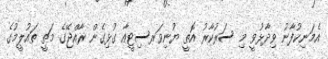
އެމަނިކުފާނު ވިދާޅުވީ މި ސަރުކާރު އޮތީ ޔުނިވަރސިޓީއާ ގުޅިގެން ރާއްޖޭގެ މަތީ ތައުލީމުގެ